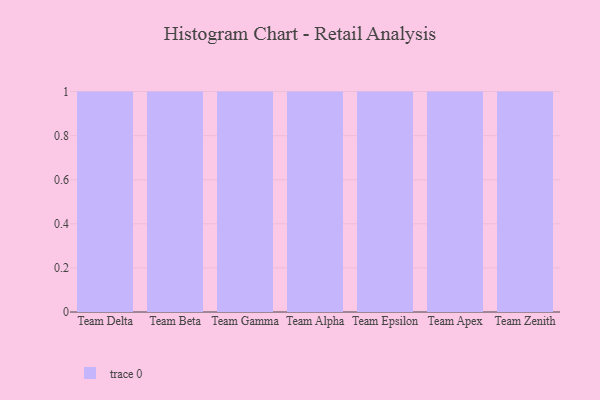
{"axis": {"x": "Team", "y": "Budget (USD K)"}, "legend": [""], "data": [{"x": "Team Delta", "y": 35, "type": ""}, {"x": "Team Beta", "y": 87, "type": ""}, {"x": "Team Gamma", "y": 2, "type": ""}, {"x": "Team Alpha", "y": 35, "type": ""}, {"x": "Team Epsilon", "y": 7, "type": ""}, {"x": "Team Apex", "y": 88, "type": ""}, {"x": "Team Zenith", "y": 100, "type": ""}]}